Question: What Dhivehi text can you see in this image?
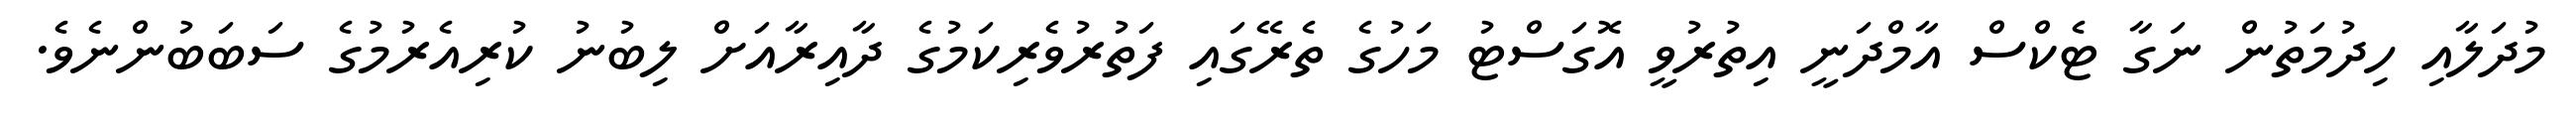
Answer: މުދަލާއި ހިދުމަތުން ނަގާ ޓެކްސް އާމްދަނީ އިތުރުވީ އޮގަސްޓު މަހުގެ ތެރޭގައި ފަތުރުވެރިކަމުގެ ދާއިރާއަށް ލިބުނު ކުރިއެރުމުގެ ސަބަބުންނެވެ.